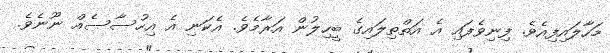
މަހާލައިފިއެވެ. ފިނިވެފައި އެ އަތްތިލައިގެ ބީހިލުން އަރާމެވެ. އެކަނި އެ އިހުސާސެއް ނޫނެވެ.